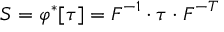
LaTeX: { \boldsymbol { S } } = \varphi ^ { * } [ { \boldsymbol { \tau } } ] = { \boldsymbol { F } } ^ { - 1 } \cdot { \boldsymbol { \tau } } \cdot { \boldsymbol { F } } ^ { - T }